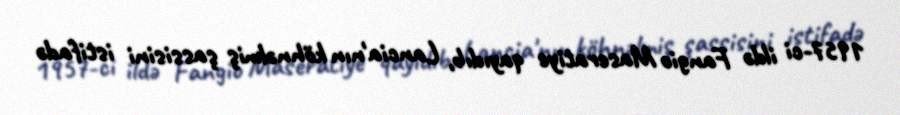
1957-ci ildə Fangio Maseratiye qayıdıb, Lancia'nın köhnəlmiş şassisini istifadə